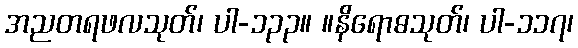
အညတရဖလသုတ်၊ ပါ-၁၃၃။ ။နိရောဓသုတ်၊ ပါ-၁၁၇၊